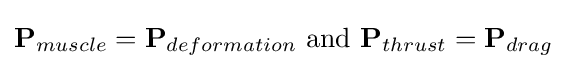
\mathbf {P} _{muscle}=\mathbf {P} _{deformation}{\text{ and }}\mathbf {P} _{thrust}=\mathbf {P} _{drag}